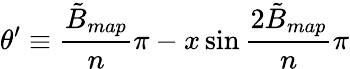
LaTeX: \theta^{\prime}\equiv\frac{\tilde{B}_{map}}{n}\pi-x\sin{\frac{2\tilde{B}_{map}}{n}\pi}